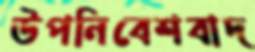
উপনিবেশবাদ